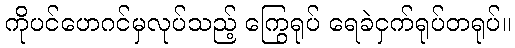
ကိုပင်ဟေဂင်မှလုပ်သည့် ကြွေရုပ် ရေခဲငှက်ရုပ်တရုပ်။